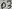
Text: D3